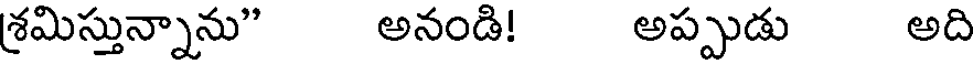
శమిస్తున్నాను" అనండి! అప్పుడు అది